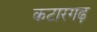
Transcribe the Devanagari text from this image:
कटारगढ़